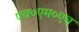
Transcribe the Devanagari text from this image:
एच०एम०एच